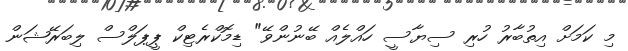
މި ކަމަށް އިތުބާރު ހުރި ސިޔާސީ ހައްލެއް ބޭނުންވޭ" ޑިމޮކްރެޓިކް ޕީޕަލްސް ލިބަރޭޝަން